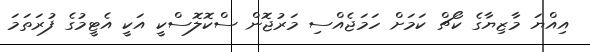
އިއްޔަ މާޒިޔާގެ ކޯޗް ކަމަށް ހަމަޖެއްސި މަރުޖޮން ސްކޮލޮސްކީ އަކީ އެޓީމުގެ ފުރަތަމަ